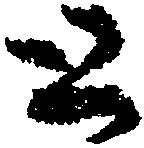
と